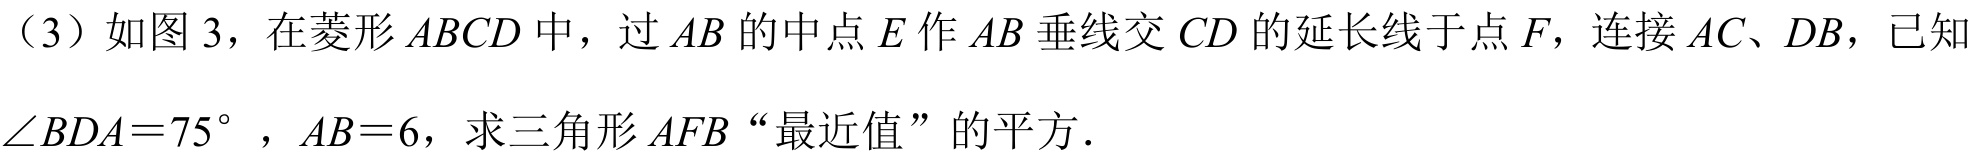
（3）如图 3，在菱形\(ABCD\)中，过\(AB\)的中点\(E\)作\(AB\)垂线交\(CD\)的延长线于点\(F\)，连接\(AC\)、\(DB\)，已知\(\angle BDA = 75^{\circ}\)，\(AB = 6\)，求三角形\(AFB\)“最近值”的平方．